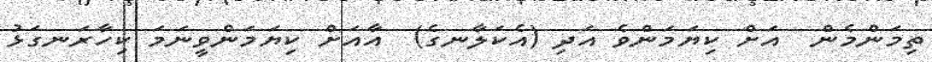
ތިމަންމެން  އަށް ކިޔަމަންވެ އަދި (އެކަލާނގެ)  އާއަށް ކިޔަމަންވީނަމަ ކިހާރަނގަޅު